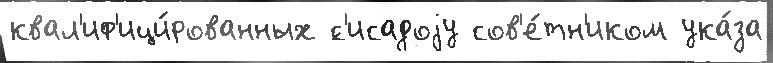
квал'иф'ици́рованных ́с'исадоjу сов'е́тн'иком ука́за